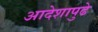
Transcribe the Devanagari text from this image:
आदेशापुढे